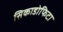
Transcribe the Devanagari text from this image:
सिकाडोफिटा